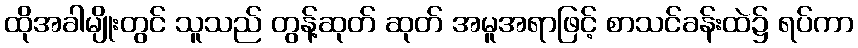
ထိုအခါမျိုးတွင် သူသည် တွန့်ဆုတ် ဆုတ် အမူအရာဖြင့် စာသင်ခန်းထဲ၌ ရပ်ကာ